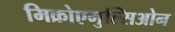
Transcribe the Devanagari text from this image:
मिक्रोएमुल्सिओन